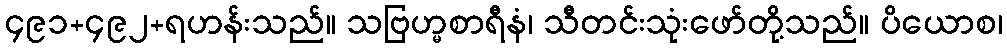
၄၉၁+၄၉၂+ရဟန်းသည်။ သဗြဟ္မစာရီနံ၊ သီတင်းသုံးဖော်တို့သည်။ ပိယောစ၊